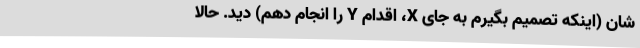
شان (اینکه تصمیم بگیرم به جای X، اقدام Y را انجام دهم) دید. حالا